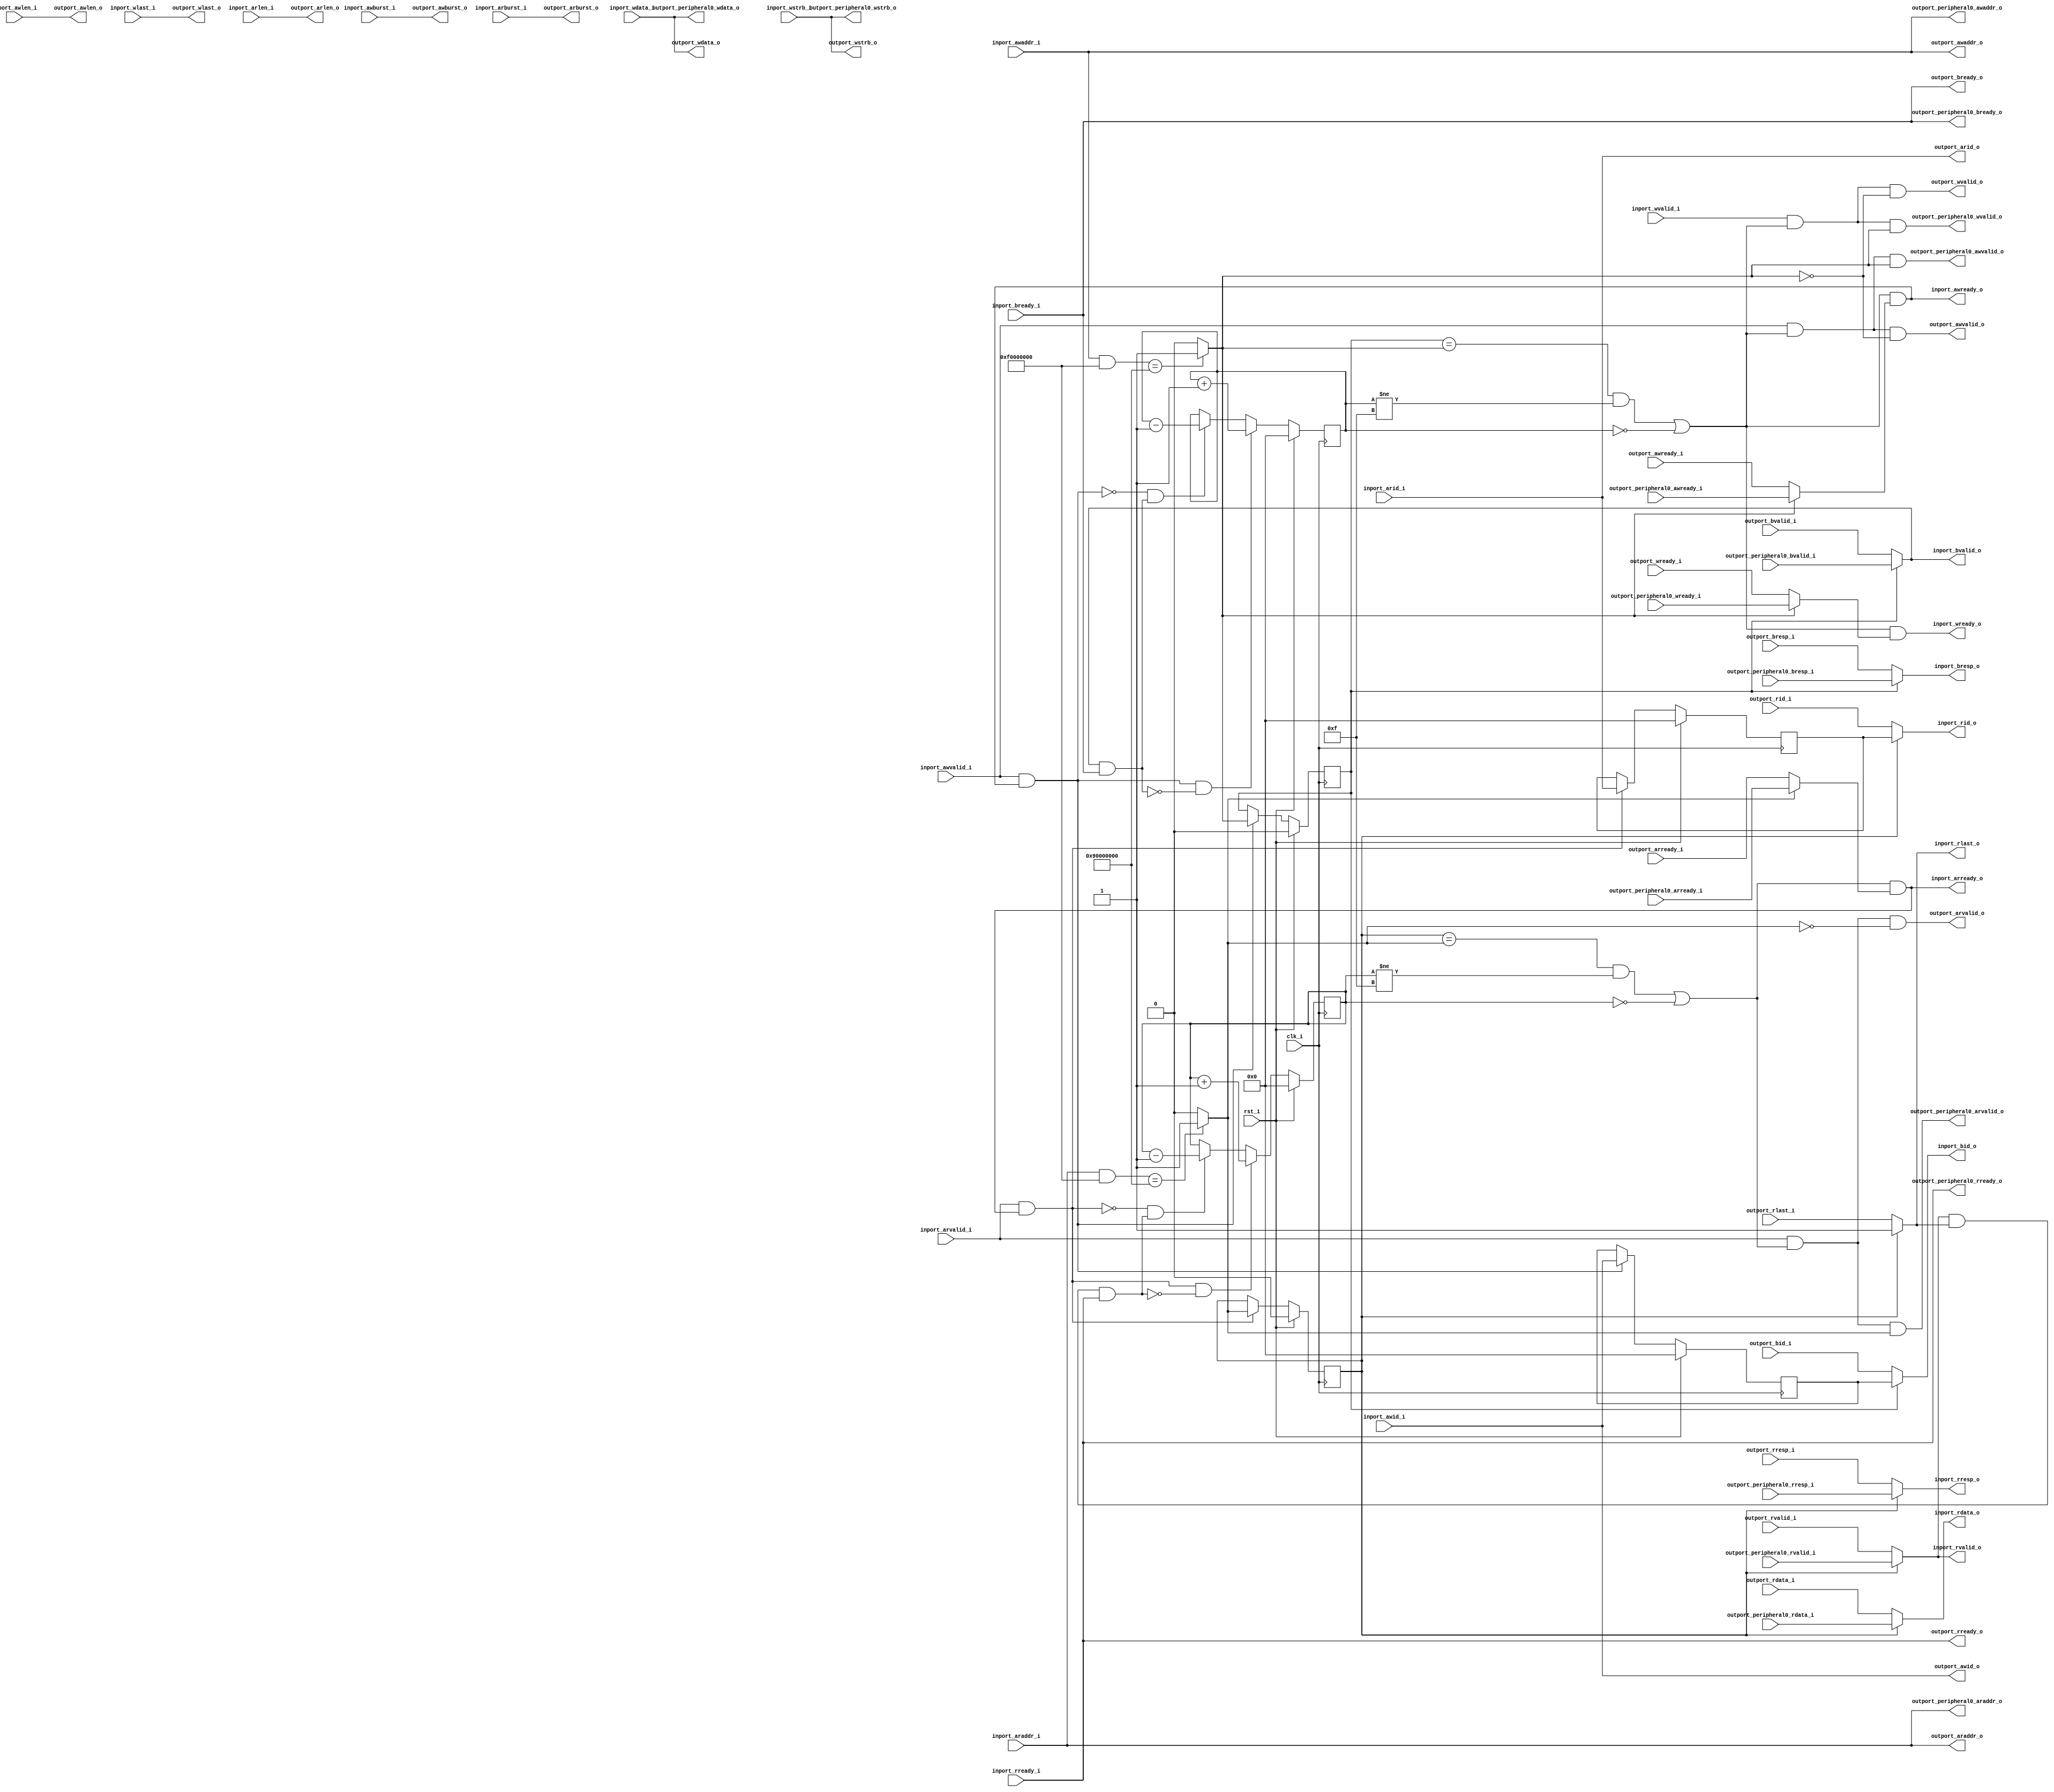
//-----------------------------------------------------------------
//                     Minispartan6+ Audio
//                           V0.1
//                     Ultra-Embedded.com
//                     Copyright 2019
//
//
//                         License: GPL
// If you would like a version with a more permissive license for
// use in closed source commercial applications please contact me
// for details.
//-----------------------------------------------------------------
//
// This file is open source HDL; you can redistribute it and/or 
// modify it under the terms of the GNU General Public License as 
// published by the Free Software Foundation; either version 2 of 
// the License, or (at your option) any later version.
//
// This file is distributed in the hope that it will be useful,
// but WITHOUT ANY WARRANTY; without even the implied warranty of
// MERCHANTABILITY or FITNESS FOR A PARTICULAR PURPOSE.  See the
// GNU General Public License for more details.
//
// You should have received a copy of the GNU General Public 
// License along with this file; if not, write to the Free Software
// Foundation, Inc., 59 Temple Place, Suite 330, Boston, MA 02111-1307
// USA
//-----------------------------------------------------------------

//-----------------------------------------------------------------
//                          Generated File
//-----------------------------------------------------------------

module soc_axi_dist
(
    // Inputs
     input           clk_i
    ,input           rst_i
    ,input           inport_awvalid_i
    ,input  [ 31:0]  inport_awaddr_i
    ,input  [  3:0]  inport_awid_i
    ,input  [  7:0]  inport_awlen_i
    ,input  [  1:0]  inport_awburst_i
    ,input           inport_wvalid_i
    ,input  [ 31:0]  inport_wdata_i
    ,input  [  3:0]  inport_wstrb_i
    ,input           inport_wlast_i
    ,input           inport_bready_i
    ,input           inport_arvalid_i
    ,input  [ 31:0]  inport_araddr_i
    ,input  [  3:0]  inport_arid_i
    ,input  [  7:0]  inport_arlen_i
    ,input  [  1:0]  inport_arburst_i
    ,input           inport_rready_i
    ,input           outport_awready_i
    ,input           outport_wready_i
    ,input           outport_bvalid_i
    ,input  [  1:0]  outport_bresp_i
    ,input  [  3:0]  outport_bid_i
    ,input           outport_arready_i
    ,input           outport_rvalid_i
    ,input  [ 31:0]  outport_rdata_i
    ,input  [  1:0]  outport_rresp_i
    ,input  [  3:0]  outport_rid_i
    ,input           outport_rlast_i
    ,input           outport_peripheral0_awready_i
    ,input           outport_peripheral0_wready_i
    ,input           outport_peripheral0_bvalid_i
    ,input  [  1:0]  outport_peripheral0_bresp_i
    ,input           outport_peripheral0_arready_i
    ,input           outport_peripheral0_rvalid_i
    ,input  [ 31:0]  outport_peripheral0_rdata_i
    ,input  [  1:0]  outport_peripheral0_rresp_i

    // Outputs
    ,output          inport_awready_o
    ,output          inport_wready_o
    ,output          inport_bvalid_o
    ,output [  1:0]  inport_bresp_o
    ,output [  3:0]  inport_bid_o
    ,output          inport_arready_o
    ,output          inport_rvalid_o
    ,output [ 31:0]  inport_rdata_o
    ,output [  1:0]  inport_rresp_o
    ,output [  3:0]  inport_rid_o
    ,output          inport_rlast_o
    ,output          outport_awvalid_o
    ,output [ 31:0]  outport_awaddr_o
    ,output [  3:0]  outport_awid_o
    ,output [  7:0]  outport_awlen_o
    ,output [  1:0]  outport_awburst_o
    ,output          outport_wvalid_o
    ,output [ 31:0]  outport_wdata_o
    ,output [  3:0]  outport_wstrb_o
    ,output          outport_wlast_o
    ,output          outport_bready_o
    ,output          outport_arvalid_o
    ,output [ 31:0]  outport_araddr_o
    ,output [  3:0]  outport_arid_o
    ,output [  7:0]  outport_arlen_o
    ,output [  1:0]  outport_arburst_o
    ,output          outport_rready_o
    ,output          outport_peripheral0_awvalid_o
    ,output [ 31:0]  outport_peripheral0_awaddr_o
    ,output          outport_peripheral0_wvalid_o
    ,output [ 31:0]  outport_peripheral0_wdata_o
    ,output [  3:0]  outport_peripheral0_wstrb_o
    ,output          outport_peripheral0_bready_o
    ,output          outport_peripheral0_arvalid_o
    ,output [ 31:0]  outport_peripheral0_araddr_o
    ,output          outport_peripheral0_rready_o
);



`define ADDR_SEL_W         1
`define PERIPH0_ADDR         32'h90000000
`define PERIPH0_MASK         32'hf0000000

//-----------------------------------------------------------------
// AXI: Read
//-----------------------------------------------------------------
reg [3:0]              read_pending_q;
reg [3:0]              read_pending_r;
reg [3:0]              arid_q;
reg [`ADDR_SEL_W-1:0]  read_port_q;
reg [`ADDR_SEL_W-1:0]  read_port_r;

always @ *
begin
    read_port_r = `ADDR_SEL_W'b0;
    if ((inport_araddr_i & `PERIPH0_MASK) == `PERIPH0_ADDR) read_port_r = `ADDR_SEL_W'd1;
end

wire read_incr_w = (inport_arvalid_i && inport_arready_o);
wire read_decr_w = (inport_rvalid_o  && inport_rlast_o && inport_rready_i);

always @ *
begin
    read_pending_r = read_pending_q;

    if (read_incr_w && !read_decr_w)
        read_pending_r = read_pending_r + 4'd1;
    else if (!read_incr_w && read_decr_w)
        read_pending_r = read_pending_r - 4'd1;
end

always @ (posedge clk_i )
if (rst_i)
begin
    read_pending_q <= 4'b0;
    arid_q         <= 4'b0;
    read_port_q    <= `ADDR_SEL_W'b0;
end
else 
begin
    read_pending_q <= read_pending_r;

    // Read command accepted
    if (inport_arvalid_i && inport_arready_o)
    begin
        arid_q      <= inport_arid_i;
        read_port_q <= read_port_r;
    end
end

wire read_accept_w       = (read_port_q == read_port_r && read_pending_q != 4'hF) || (read_pending_q == 4'h0);

assign outport_arvalid_o = inport_arvalid_i & read_accept_w & (read_port_r == `ADDR_SEL_W'd0);
assign outport_araddr_o  = inport_araddr_i;
assign outport_arid_o    = inport_arid_i;
assign outport_arlen_o   = inport_arlen_i;
assign outport_arburst_o = inport_arburst_i;
assign outport_rready_o  = inport_rready_i;

assign outport_peripheral0_arvalid_o = inport_arvalid_i & read_accept_w & (read_port_r == `ADDR_SEL_W'd1);
assign outport_peripheral0_araddr_o  = inport_araddr_i;
assign outport_peripheral0_rready_o  = inport_rready_i;

reg        outport_rvalid_r;
reg [31:0] outport_rdata_r;
reg [1:0]  outport_rresp_r;
reg [3:0]  outport_rid_r;
reg        outport_rlast_r;

always @ *
begin
    case (read_port_q)
    `ADDR_SEL_W'd1:
    begin
        outport_rvalid_r = outport_peripheral0_rvalid_i;
        outport_rdata_r  = outport_peripheral0_rdata_i;
        outport_rresp_r  = outport_peripheral0_rresp_i;
        outport_rid_r    = arid_q;
        outport_rlast_r  = 1'b1;
    end
    default:
    begin
        outport_rvalid_r = outport_rvalid_i;
        outport_rdata_r  = outport_rdata_i;
        outport_rresp_r  = outport_rresp_i;
        outport_rid_r    = outport_rid_i;
        outport_rlast_r  = outport_rlast_i;
    end
    endcase
end

assign inport_rvalid_o  = outport_rvalid_r;
assign inport_rdata_o   = outport_rdata_r;
assign inport_rresp_o   = outport_rresp_r;
assign inport_rid_o     = outport_rid_r;
assign inport_rlast_o   = outport_rlast_r;

reg inport_arready_r;
always @ *
begin
    case (read_port_r)
    `ADDR_SEL_W'd1:
        inport_arready_r = outport_peripheral0_arready_i;
    default:
        inport_arready_r = outport_arready_i;
    endcase
end

assign inport_arready_o = read_accept_w & inport_arready_r;

//-----------------------------------------------------------------
// AXI: Write
//-----------------------------------------------------------------
reg [3:0]              write_pending_q;
reg [3:0]              write_pending_r;
reg [3:0]              awid_q;
reg [`ADDR_SEL_W-1:0]  write_port_q;
reg [`ADDR_SEL_W-1:0]  write_port_r;

always @ *
begin
    write_port_r = `ADDR_SEL_W'b0;
    if ((inport_awaddr_i & `PERIPH0_MASK) == `PERIPH0_ADDR) write_port_r = `ADDR_SEL_W'd1;
end

wire write_incr_w = (inport_awvalid_i && inport_awready_o);
wire write_decr_w = (inport_bvalid_o  && inport_bready_i);

// NOTE: This IP expect AWVALID and WVALID to appear in the same cycle...
always @ *
begin
    write_pending_r = write_pending_q;

    if (write_incr_w && !write_decr_w)
        write_pending_r = write_pending_r + 4'd1;
    else if (!write_incr_w && write_decr_w)
        write_pending_r = write_pending_r - 4'd1;
end

always @ (posedge clk_i )
if (rst_i)
begin
    write_pending_q <= 4'b0;
    awid_q          <= 4'b0;
    write_port_q    <= `ADDR_SEL_W'b0;
end
else 
begin
    write_pending_q <= write_pending_r;

    // Write command accepted
    if (inport_awvalid_i && inport_awready_o)
    begin
        awid_q       <= inport_awid_i;
        write_port_q <= write_port_r;
    end
end

wire write_accept_w      = (write_port_q == write_port_r && write_pending_q != 4'hF) || (write_pending_q == 4'h0);

assign outport_awvalid_o = inport_awvalid_i & write_accept_w & (write_port_r == `ADDR_SEL_W'd0);
assign outport_awaddr_o  = inport_awaddr_i;
assign outport_awid_o    = inport_awid_i;
assign outport_awlen_o   = inport_awlen_i;
assign outport_awburst_o = inport_awburst_i;
assign outport_wvalid_o  = inport_wvalid_i & write_accept_w & (write_port_r == `ADDR_SEL_W'd0);
assign outport_wdata_o   = inport_wdata_i;
assign outport_wstrb_o   = inport_wstrb_i;
assign outport_wlast_o   = inport_wlast_i;
assign outport_bready_o  = inport_bready_i;

assign outport_peripheral0_awvalid_o = inport_awvalid_i & write_accept_w & (write_port_r == `ADDR_SEL_W'd1);
assign outport_peripheral0_awaddr_o  = inport_awaddr_i;
assign outport_peripheral0_wvalid_o  = inport_wvalid_i & write_accept_w & (write_port_r == `ADDR_SEL_W'd1);
assign outport_peripheral0_wdata_o   = inport_wdata_i;
assign outport_peripheral0_wstrb_o   = inport_wstrb_i;
assign outport_peripheral0_bready_o  = inport_bready_i;

reg        outport_bvalid_r;
reg [1:0]  outport_bresp_r;
reg [3:0]  outport_bid_r;

always @ *
begin
    case (write_port_q)
    `ADDR_SEL_W'd1:
    begin
        outport_bvalid_r = outport_peripheral0_bvalid_i;
        outport_bresp_r  = outport_peripheral0_bresp_i;
        outport_bid_r    = awid_q;
    end
    default:
    begin
        outport_bvalid_r = outport_bvalid_i;
        outport_bresp_r  = outport_bresp_i;
        outport_bid_r    = outport_bid_i;
    end
    endcase
end

assign inport_bvalid_o  = outport_bvalid_r;
assign inport_bresp_o   = outport_bresp_r;
assign inport_bid_o     = outport_bid_r;

reg inport_awready_r;
reg inport_wready_r;

// NOTE: This IP expects AWREADY and WREADY to follow each other....
always @ *
begin
    case (write_port_r)
    `ADDR_SEL_W'd1:
    begin
        inport_awready_r = outport_peripheral0_awready_i;
        inport_wready_r  = outport_peripheral0_wready_i;
    end
    default:
    begin
        inport_awready_r = outport_awready_i;
        inport_wready_r  = outport_wready_i;
    end        
    endcase
end

assign inport_awready_o = write_accept_w & inport_awready_r;
assign inport_wready_o  = write_accept_w & inport_wready_r;


endmodule